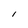
Character: I